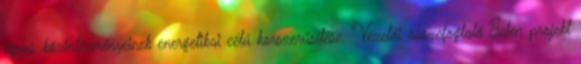
egyes közintézményeinek energetikai célú korszerűsítése. Vezetői összefoglaló Jelen projekt